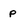
Character: p